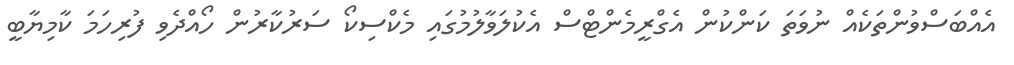
އެއްބަސްވުންތަކެއް ނުވަތަ ކަންކުން އެގްރީމެންޓްސް އެކުލަވާލުމުގައި މެކްސިކޯ ސަރުކާރުން ހޯއްދެވި ފުރިހަމަ ކާމިޔާބީ